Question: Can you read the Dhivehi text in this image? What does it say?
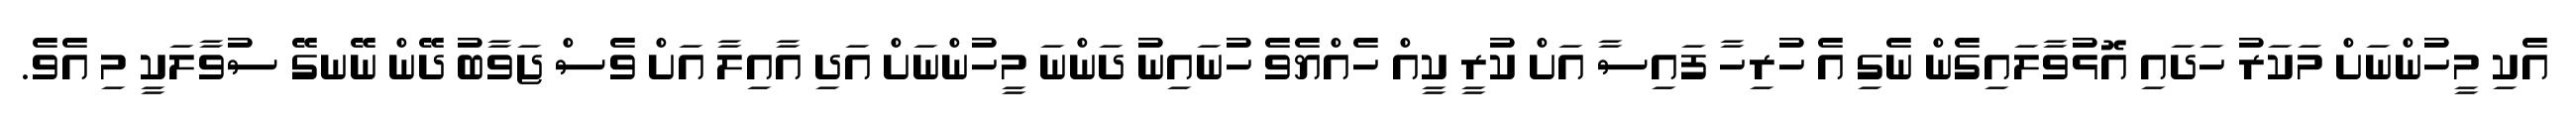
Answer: އެކި މީހުންނަށް މަކަރު ހަދައި އޮޅުވާލައިގެން ނެގި އެ ހުރިހާ ފައިސާ އަށް ކުރީ ކީއް ހެއްޔެވެ ހުނައިނު ދަންނަ މީހުންނަށް އަދި އާއިލާ އަށް ވެސް ޖަވާބު ދޭން ނޭނގޭ ސުވާލަކީ މި އެވެ.